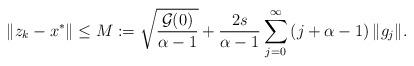
LaTeX: \begin{align*} \| z_{k} -x^{*} \| \leq M:= \sqrt{\frac{\mathcal G (0)}{\alpha -1}} + \frac{2s}{\alpha -1} \sum_{j=0}^{\infty} \left( j + \alpha -1\right) \| g_{j}\| .\end{align*}